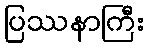
ပြဿနာကြီး